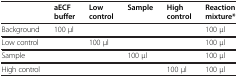
|  | aECF buffer | Low control | Sample | High control | Reaction mixture* |
 | --- | --- | --- | --- | --- | --- |
 | Background | 100 μl |  |  |  | 100 μl |
 | Low control |  | 100 μl |  |  | 100 μl |
 | Sample |  |  | 100 μl |  | 100 μl |
 | High control |  |  |  | 100 μl | 100 μl |